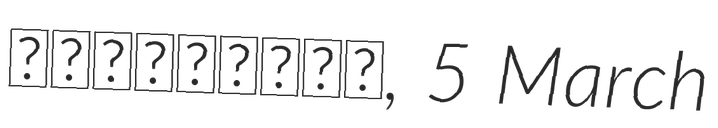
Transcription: マンハッタンカフェ, 5 March